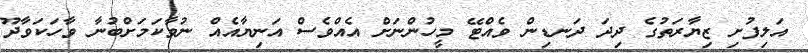
އަލިފުށި ޒިޔާރަތުގެ ދިދަ ދަނޑިން ވެއްޓޭ މީހުންނަށް އެއްވެސް އަނިޔާއެއް ނުވާކަމަށްބުނާ ވާހަކަވާދޫ